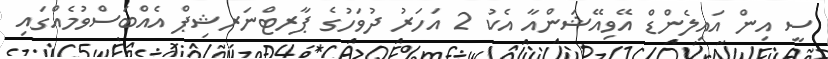
ސީ އިން އައިލެންޑް އޭވިއޭޝަންއާ އެކު 2 އަހަރު ދުވަހުގެ ޕާރޓްނަރޝިޕް އެއްބަސްވުމެއްގައި